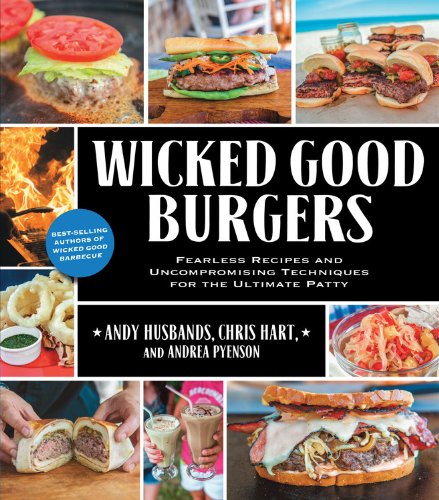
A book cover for Wicked Good Burgers: Fearless Recipes and Uncompromising Techniques for the Ultimate Patty; Andy Husbands; Cookbooks, Food & Wine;